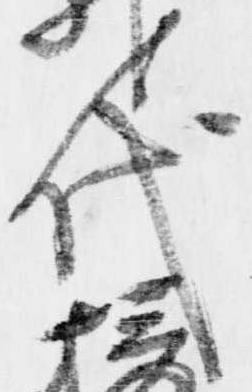
代